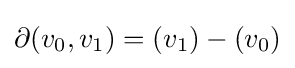
\partial (v_{0},v_{1})=(v_{1})-(v_{0})